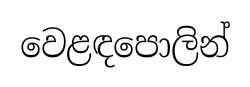
වෙළඳපොලින්